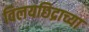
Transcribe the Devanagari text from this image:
विलयछिद्राच्या